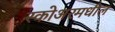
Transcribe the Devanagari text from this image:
स्कोअरमधील